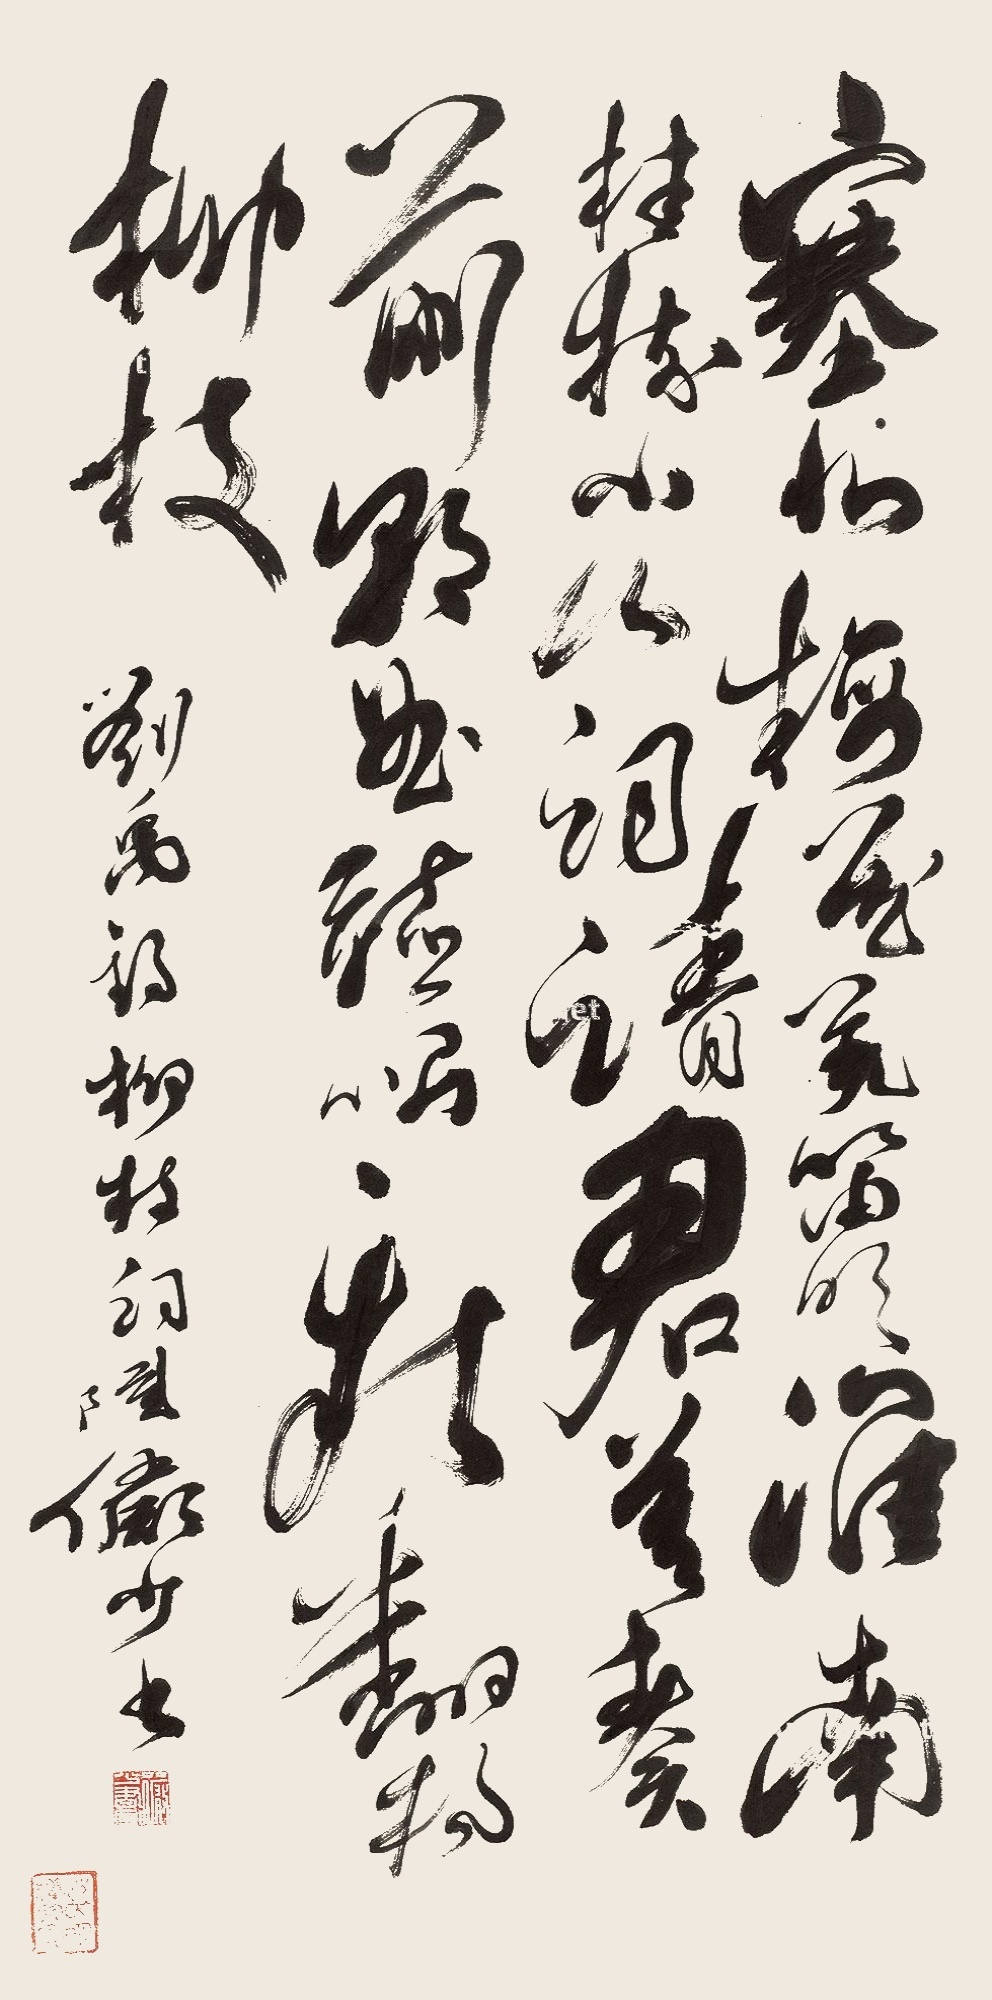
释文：塞北梅花羌笛吹，淮南桂树小山词。请君莫奏前朝曲，听唱新翻杨柳枝。刘禹锡《柳枝词》，陆俨少书。